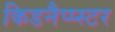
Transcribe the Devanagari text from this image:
किडनैप्प्स्टर